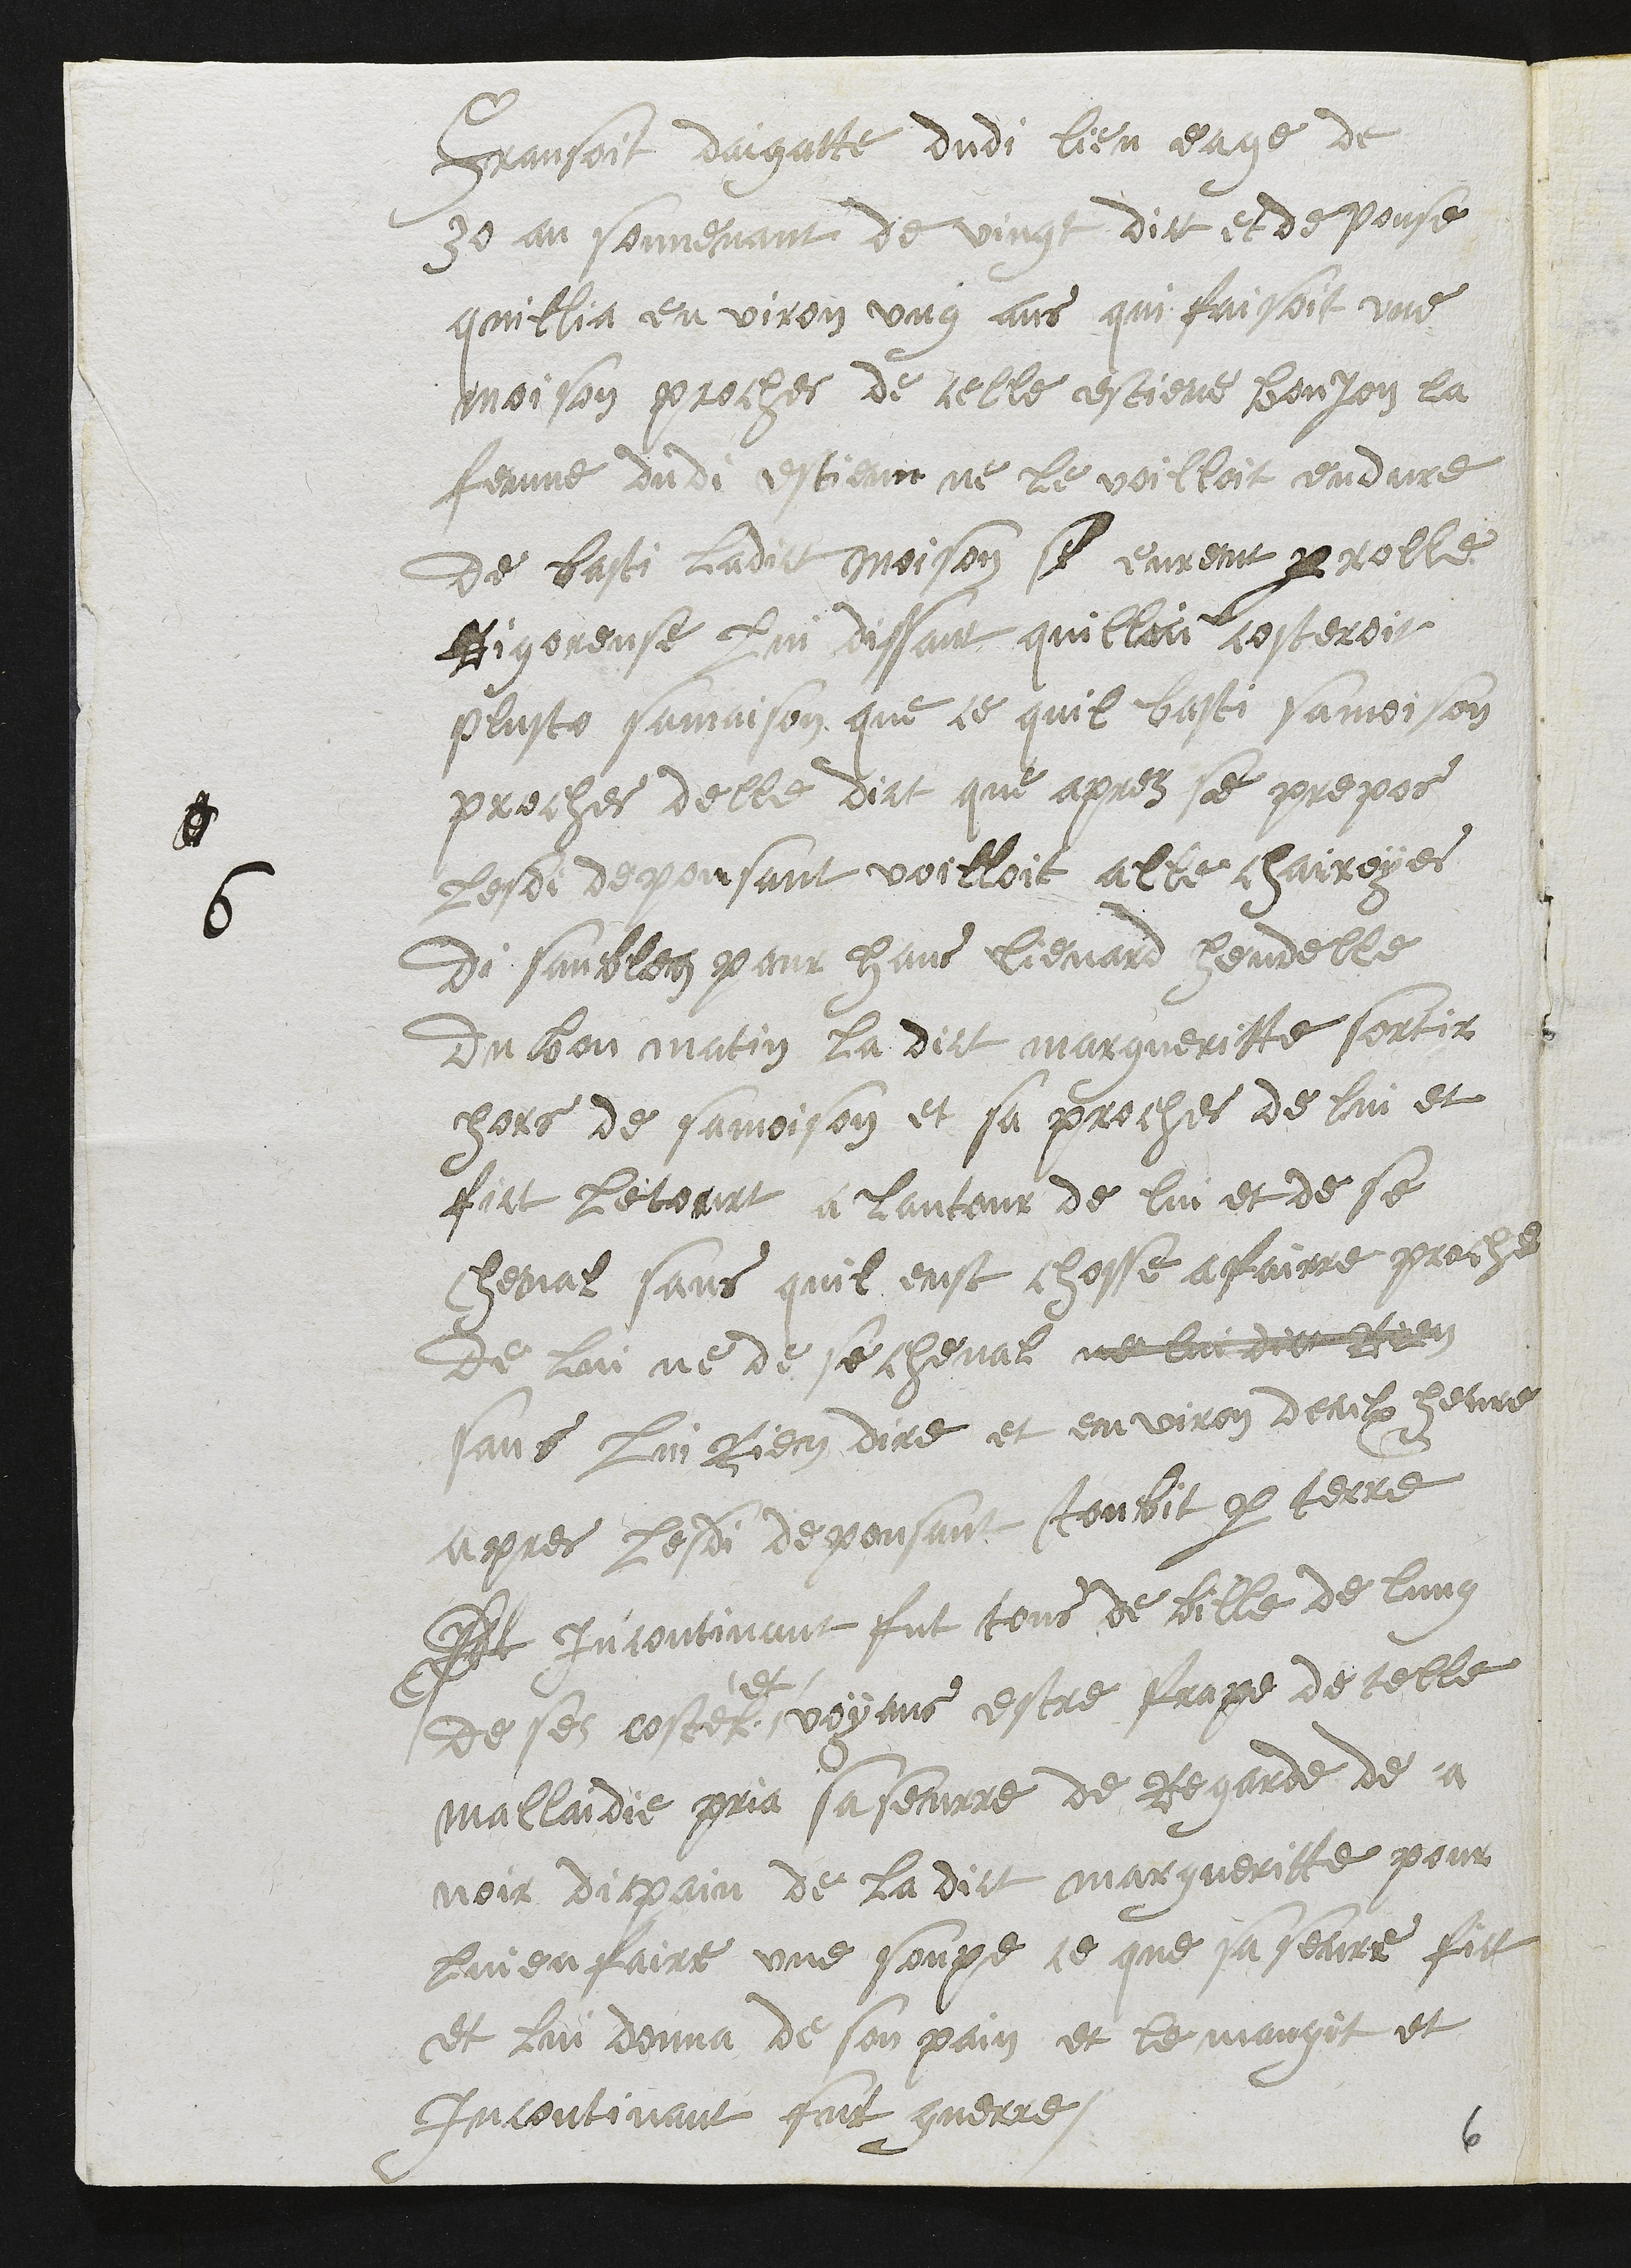
6
Fransoit daigatte dudi lieu eage de
30 an souvenant de vingt dict et depouse
quillia environ ung ans qui faisoit une
moison proches de celle estiene bonjon la
femme dudi estienn ne le voilloit endure
de basti ladict moison si eurent parolle
Rigoreuse lui dissant quillui costeroit
plusto sa maison que ce quil basti sa moison
proches delle dict que apres se prepos
lesdi depousant voilloit alle chairoyes
di sanblen pour Hans Lienard Hendelle
du bon matin la dict margueritte sortir
hors de sa moison et sa proche de lui et
fict le tourt a lantour de lui et de se
cheval sans quil eust chosse a fairre proche
de lui ne de se cheval ne lui dict Rien
sans lui rien dire et environ deulx heure
apres lesdi depousant tombit par terre
Et incontinant fut tous debille de lung
de ses costes
et
voyans estre frape de telle
mallaidie pria sa seurre de Regarde de a
voir di pain de la dict margueritte pour
lui en faire une soupe ce que sa seure fict
et lui donna de son pain et le mangit et
Incontinant fut guerre
6